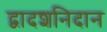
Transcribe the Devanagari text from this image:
द्वादशनिदान